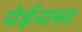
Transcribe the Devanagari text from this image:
येईनासा